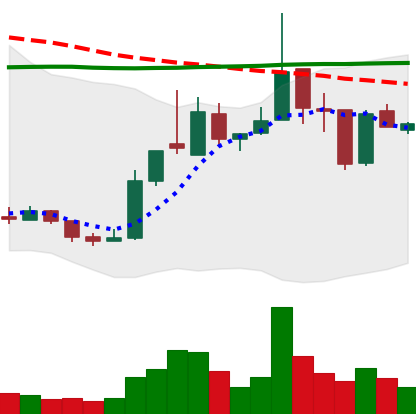
Ticker: XRP-USD
Chart end date: 2018-12-30
Forward return: -3.473%
Label: down_3_5